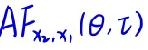
$AF_{x_0,x_1}(\theta,\tau)$